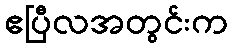
ဧပြီလအတွင်းက